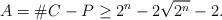
LaTeX: \begin{align*} A = \#C - P \geq 2^n - 2\sqrt{2^n} - 2. \end{align*}